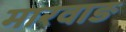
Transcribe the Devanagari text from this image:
मारवाङ